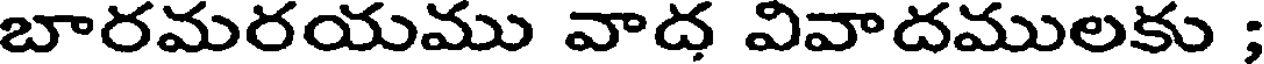
బారమరయము వాద వివాదములకు ;